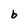
Character: b